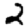
Digit: 2